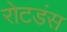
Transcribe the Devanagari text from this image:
रोटडंस